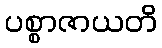
ပစ္စာဇာယတိ